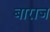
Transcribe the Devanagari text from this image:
बाराज